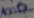
Text: 100Ω